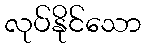
လုပ်နိုင်သော